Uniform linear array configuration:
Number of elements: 64
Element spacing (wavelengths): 1
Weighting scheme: cosine
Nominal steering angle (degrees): -60
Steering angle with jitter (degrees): -60.588
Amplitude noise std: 0.05
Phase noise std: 0.05

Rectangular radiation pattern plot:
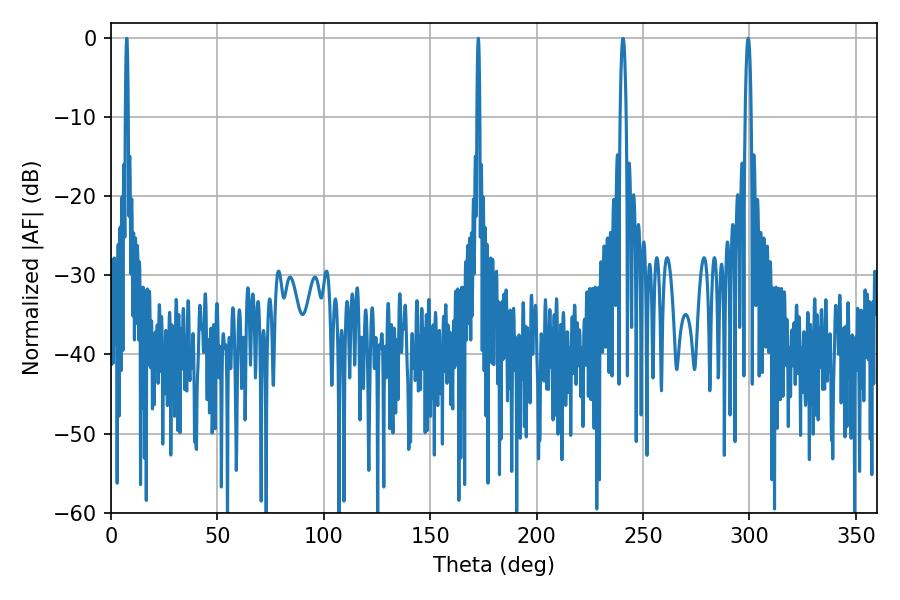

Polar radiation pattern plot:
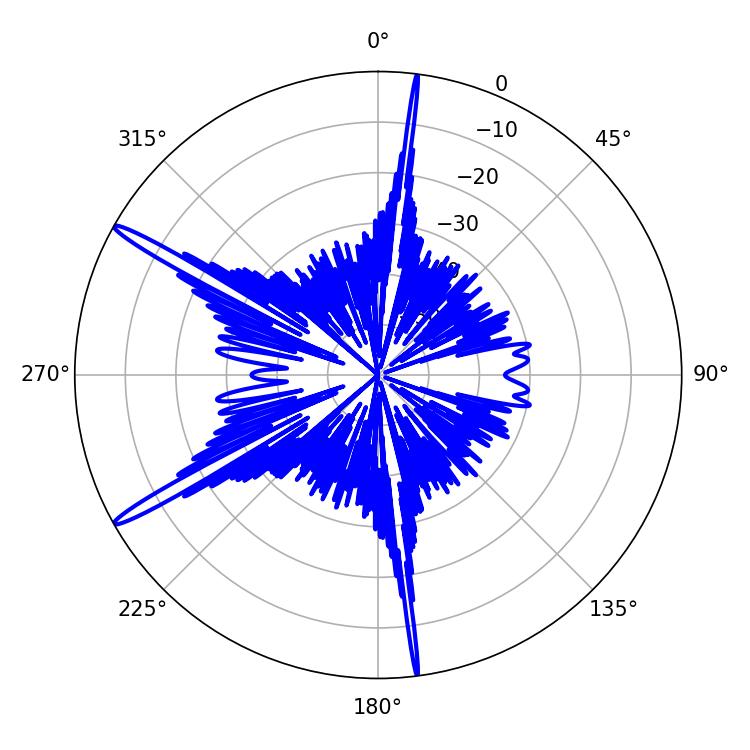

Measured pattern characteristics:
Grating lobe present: TRUE
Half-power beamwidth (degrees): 0.72
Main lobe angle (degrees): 172.62